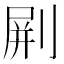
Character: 𠝭